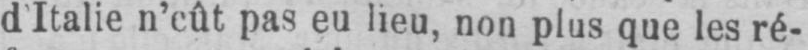
d Italie n’eût pas eu lieu, non plus que les ré-